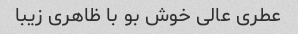
عطری عالی خوش بو با ظاهری زیبا